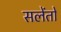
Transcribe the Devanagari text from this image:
सलेंतो